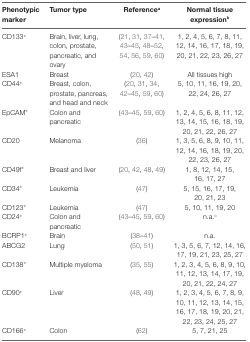
<table><thead><tr><td><b>Phenotypic marker</b></td><td><b>Tumor type</b></td><td><b>Reference<sup>a</sup></b></td><td><b>Normal tissue expression<sup>b</sup></b></td></tr></thead><tbody><tr><td>CD133<sup>+</sup></td><td>Brain, liver, lung, colon, prostate, pancreatic, and ovary</td><td>(21, 31, 37–41, 43–45, 48–52, 54, 56, 59, 60)</td><td>1, 2, 4, 5, 6, 7, 8, 11, 12, 14, 16, 17, 18, 19, 20, 21, 22, 23, 26, 27</td></tr><tr><td>ESA1</td><td>Breast</td><td>(20, 42)</td><td>All tissues high</td></tr><tr><td>CD44<sup>+</sup></td><td>Breast, colon, prostate, pancreas, and head and neck</td><td>(20, 31, 34, 42–45, 59, 60)</td><td>5, 10, 11, 16, 19, 20, 22, 24, 26, 27</td></tr><tr><td>EpCAM<sup>+</sup></td><td>Colon and pancreatic</td><td>(43–45, 59, 60)</td><td>1, 2, 4, 5, 6, 8, 11, 12, 13, 14, 15, 16, 18, 19, 20, 21, 22, 26, 27</td></tr><tr><td>CD20</td><td>Melanoma</td><td>(36)</td><td>1, 3, 5, 6, 8, 9, 10, 11, 12, 14, 16, 18, 19, 20, 22, 23, 26, 27</td></tr><tr><td>CD49f<sup>+</sup></td><td>Breast and liver</td><td>(20, 42, 48, 49)</td><td>1, 8, 12, 14, 15, 16, 17, 27</td></tr><tr><td>CD34<sup>+</sup></td><td>Leukemia</td><td>(47)</td><td>5, 15, 16, 17, 19, 20, 21, 23</td></tr><tr><td>CD123<sup>+</sup></td><td>Leukemia</td><td>(47)</td><td>5, 10, 11, 19, 20</td></tr><tr><td>CD24<sup>+</sup></td><td>Colon and pancreatic</td><td>(43–45, 59, 60)</td><td>n.a.<sup>c</sup></td></tr><tr><td>BCRP1<sup>+</sup></td><td>Brain</td><td>(38–41)</td><td>n.a.</td></tr><tr><td>ABCG2</td><td>Lung</td><td>(50, 51)</td><td>1, 3, 5, 6, 7, 12, 14, 16, 17, 19, 21, 23, 25, 27</td></tr><tr><td>CD138<sup>+</sup></td><td>Multiple myeloma</td><td>(35, 55)</td><td>1, 2, 3, 4, 5, 6, 8, 9, 10, 11, 12, 13, 14, 17, 19, 20, 21, 22, 24, 27</td></tr><tr><td>CD90<sup>+</sup></td><td>Liver</td><td>(48, 49)</td><td>1, 2, 3, 4, 5, 6, 7, 8, 9, 10, 11, 12, 13, 14, 15, 16, 17, 18, 19, 20, 21, 22, 23, 24, 25, 27</td></tr><tr><td>CD166<sup>+</sup></td><td>Colon</td><td>(62)</td><td>5, 7, 21, 25</td></tr></tbody></table>